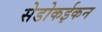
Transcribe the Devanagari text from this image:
सेडोकईकन